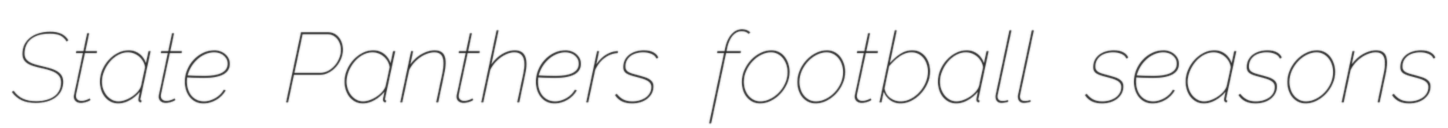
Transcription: State Panthers football seasons